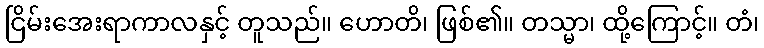
ငြိမ်းအေးရာကာလနှင့် တူသည်။ ဟောတိ၊ ဖြစ်၏။ တသ္မာ၊ ထို့ကြောင့်။ တံ၊